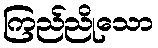
ကြည်ညိုသော